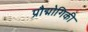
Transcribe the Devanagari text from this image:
प्रौद्मोगिकी